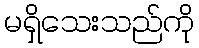
မရှိသေးသည်ကို